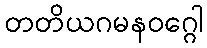
တတိယဂမနဝဂ္ဂေါ